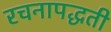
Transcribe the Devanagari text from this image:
रचनापद्धती